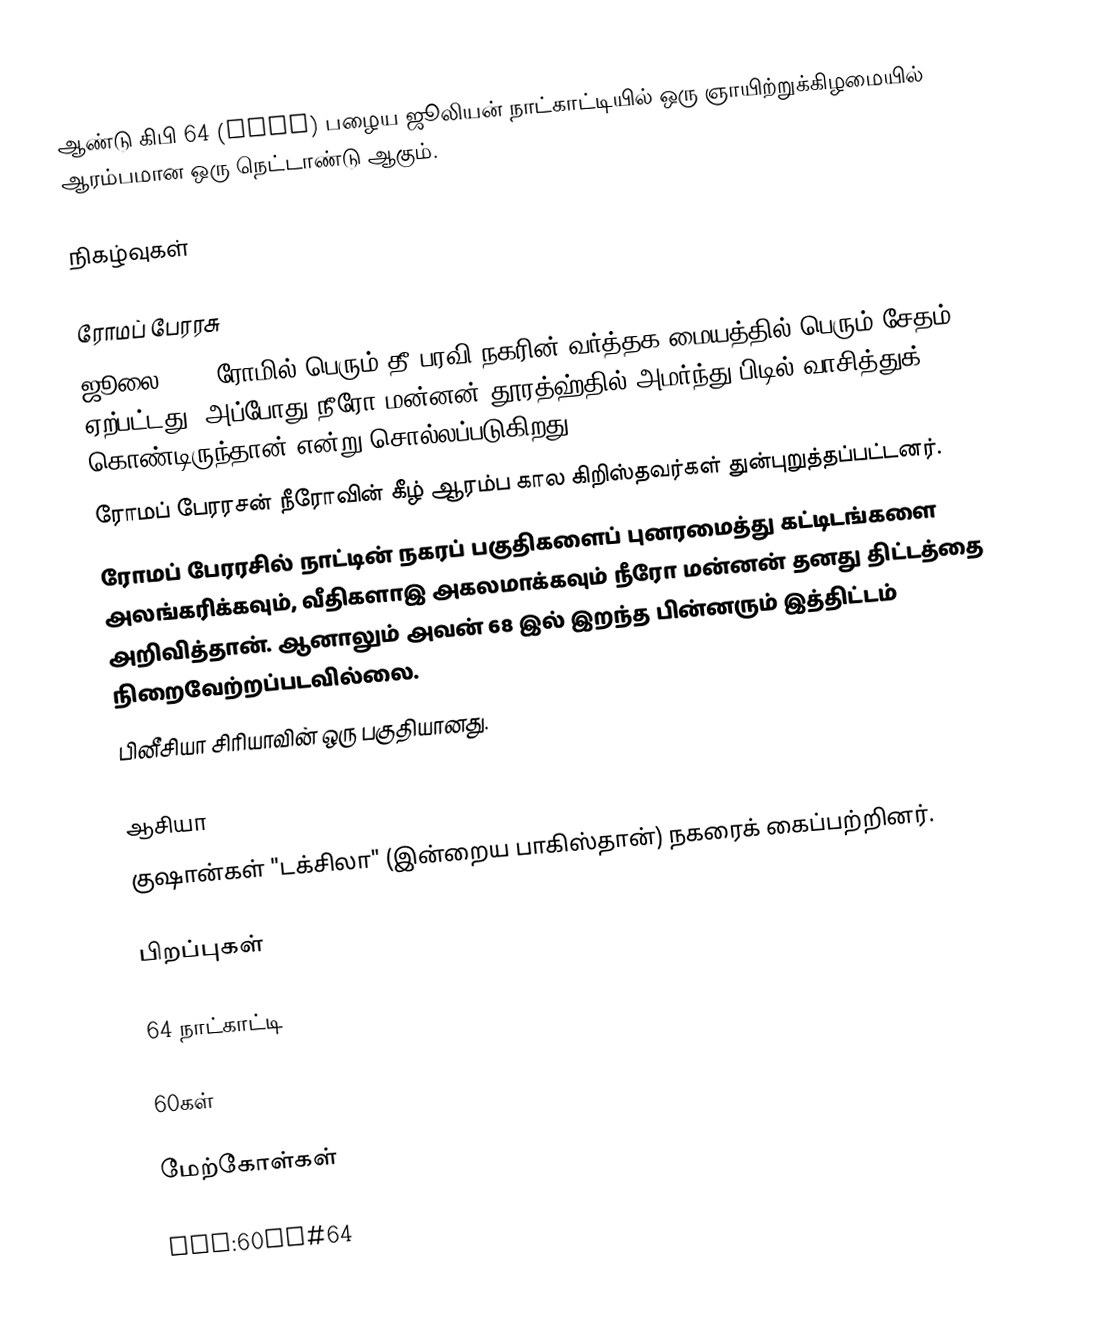
ஆண்டு கிபி 64 (LXIV) பழைய ஜூலியன் நாட்காட்டியில் ஒரு ஞாயிற்றுக்கிழமையில் ஆரம்பமான ஒரு நெட்டாண்டு ஆகும்.

நிகழ்வுகள்

ரோமப் பேரரசு
 ஜூலை 18 - ரோமில் பெரும் தீ பரவி நகரின் வர்த்தக மையத்தில் பெரும் சேதம் ஏற்பட்டது. அப்போது நீரோ மன்னன் தூரத்ஹ்தில் அமர்ந்து பிடில் வாசித்துக் கொண்டிருந்தான் என்று சொல்லப்படுகிறது.
 ரோமப் பேரரசன் நீரோவின் கீழ் ஆரம்ப கால கிறிஸ்தவர்கள் துன்புறுத்தப்பட்டனர்.
 ரோமப் பேரரசில் நாட்டின் நகரப் பகுதிகளைப் புனரமைத்து கட்டிடங்களை அலங்கரிக்கவும், வீதிகளாஇ அகலமாக்கவும் நீரோ மன்னன் தனது திட்டத்தை அறிவித்தான். ஆனாலும் அவன் 68 இல் இறந்த பின்னரும் இத்திட்டம் நிறைவேற்றப்படவில்லை.
 பினீசியா சிரியாவின் ஒரு பகுதியானது.

ஆசியா
 குஷான்கள் "டக்சிலா" (இன்றைய பாகிஸ்தான்) நகரைக் கைப்பற்றினர்.

பிறப்புகள்

64 நாட்காட்டி

60கள்

மேற்கோள்கள்

als:60er#64